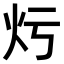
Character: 𤆏